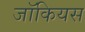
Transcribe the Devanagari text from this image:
जॉकियस